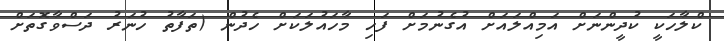
ކްލާހަކީ ކުދީންނަށް އަމިއްލައަށް އުގެނުމަށް ފަހި މާހައުލަކަށް ހެދުން (ތަފާތު ހުނަރު ދަސްވާގޮތަށް